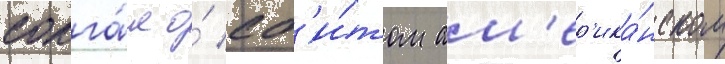
солга́л о́ сб'и́том ам'ер'ика́нском